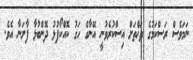
ނަމަވެސް ރަސްކަމުގެ ތަޚްތަށް އިސްކުރެވުނީ އޭނާގެ ހަގު ކޮއްކޯފުޅު ދޮންބުޅާ ފާށަނާ އެވެ.